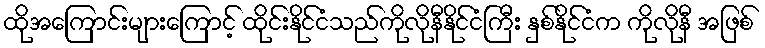
ထိုအကြောင်းများကြောင့် ထိုင်းနိုင်ငံသည်ကိုလိုနီနိုင်ငံကြီး နှစ်နိုင်ငံက ကိုလိုနီ အဖြစ်